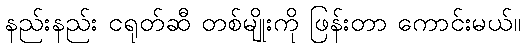
နည်းနည်း ငရုတ်ဆီ တစ်မျိုးကို ဖြန်းတာ ကောင်းမယ်။